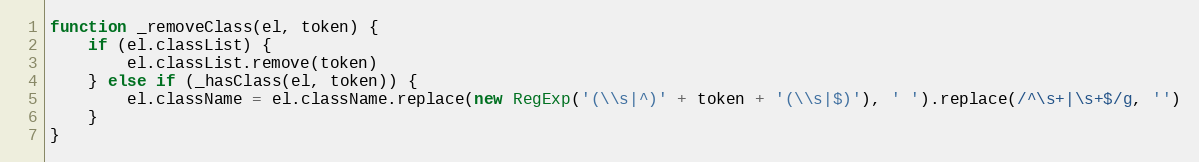
Language: JavaScript
function _removeClass(el, token) {
	if (el.classList) {
		el.classList.remove(token)
	} else if (_hasClass(el, token)) {
		el.className = el.className.replace(new RegExp('(\\s|^)' + token + '(\\s|$)'), ' ').replace(/^\s+|\s+$/g, '')
	}
}